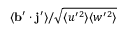
\langle \mathbf { b } ^ { \prime } \cdot \mathbf { j } ^ { \prime } \rangle / \sqrt { \langle u ^ { \prime 2 } \rangle \langle w ^ { \prime 2 } \rangle }